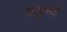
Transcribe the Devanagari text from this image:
जखुबाई